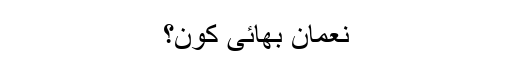
نعمان بھائی کون؟